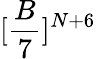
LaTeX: [\frac{B}{7}]^{N+6}